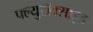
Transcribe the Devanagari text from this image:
फ्ल्युरॉक्साइड